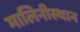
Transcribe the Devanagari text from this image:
मालिनीस्थान